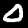
Digit: 0